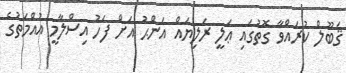
ޤަބޫލް ކުރައްވާ ގޮތުގައި ޢަލީ ރަލިޔައް އަންޙު އަށް ފަހު އިސްލާމީ އުއްމަތުގެ